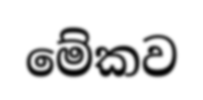
මේකව